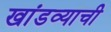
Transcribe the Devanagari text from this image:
खांडव्याची